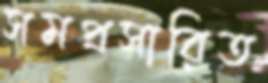
সমপ্রসারিত